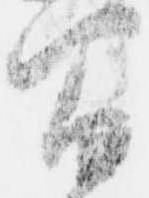
間